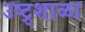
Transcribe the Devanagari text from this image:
उष्ट्र्शाळा